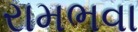
રામભવા